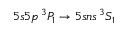
5 s 5 p \, ^ { 3 } P _ { 1 } \to 5 s n s \, ^ { 3 } S _ { 1 }